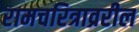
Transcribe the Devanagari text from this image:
रामचरित्राव्ररील